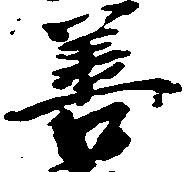
善